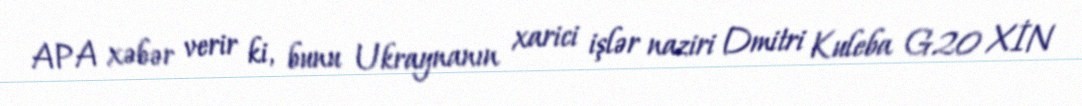
APA xəbər verir ki, bunu Ukraynanın xarici işlər naziri Dmitri Kuleba G20 XİN